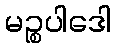
မဉ္စပါဒေါ